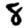
Digit: 8